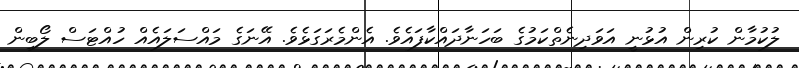
ލުކުމާން ކުރިން އުޅުނީ އަވަދިނެތްކަމުގެ ބަހަނާދައްކާފައެވެ. އެންމެރަގަޅެވެ. އޭނަގެ މައްސަލައެއް ހުއްޓަސް ލޯބިން